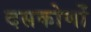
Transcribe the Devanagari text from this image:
दसकोणों